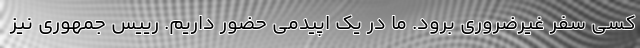
کسی سفر غیرضروری برود. ما در یک اپیدمی حضور داریم. رییس جمهوری نیز